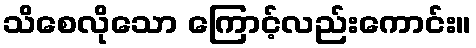
သိစေလိုသော ကြောင့်လည်းကောင်း။